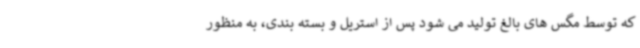
که توسط مگس های بالغ تولید می شود پس از استریل و بسته بندی، به منظور